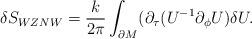
LaTeX: \begin{align*}\delta S_{WZNW} = \frac{k}{2 \pi} \int_{\partial M} (\partial_{\tau}( U^{-1}\partial_{\phi}U) \delta U.\end{align*}